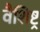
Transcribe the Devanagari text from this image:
वैशिष्ट्र